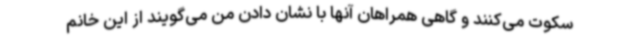
سکوت می‌کنند و گاهی همراهان آنها با نشان دادن من می‌گویند از این خانم